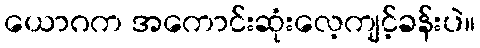
ယောဂက အကောင်းဆုံးလေ့ကျင့်ခန်းပဲ။